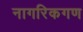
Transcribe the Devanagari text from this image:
नागरिकगण